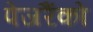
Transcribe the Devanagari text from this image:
पेजरैंकों